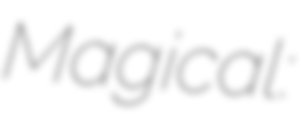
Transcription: Magical: